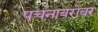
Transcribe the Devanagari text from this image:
पचनाबरोबर